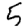
Digit: 5